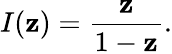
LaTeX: I(\mathbf{z})={\frac{{\mathbf{z}}}{{1-\mathbf{z}}}}.